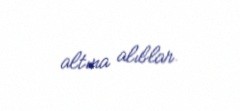
altına alıblar.